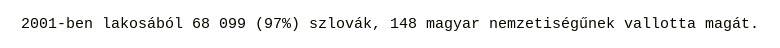
2001-ben lakosából 68 099 (97%) szlovák, 148 magyar nemzetiségűnek vallotta magát.